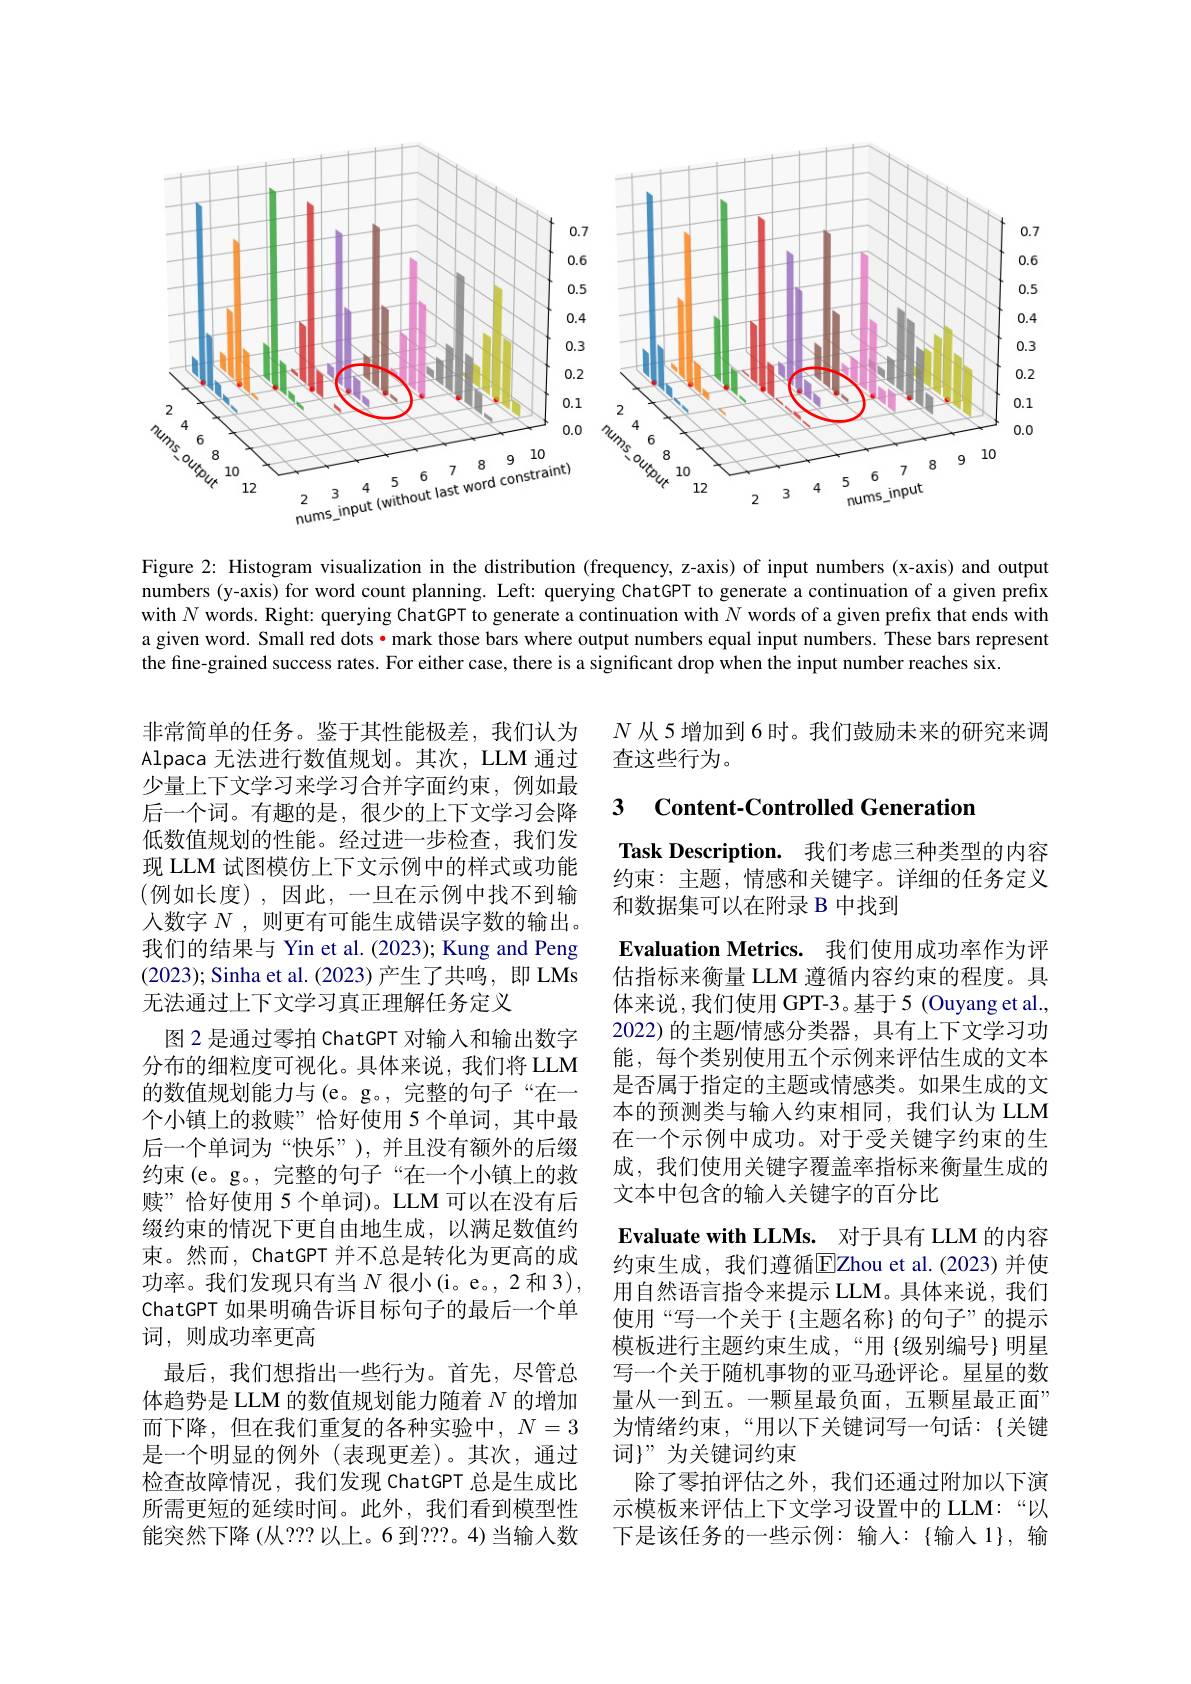
<FigureHere>

Figure 2: Histogram visualization in the distribution (frequency, z-axis) of input numbers (x-axis) and output numbers (y-axis) for word count planning. Left: querying ChatGPT to generate a continuation of a given prefix with $N$ words. Right: querying ChatGPT to generate a continuation with $N$ words of a given prefix that ends with a given word. Small red dots·mark those bars where output numbers equal input numbers. These bars represent the fine-grained success rates. For either case, there is a significant drop when the input number reaches six.

$N$从 5 增加到 6 时。我们鼓励未来的研究来调
查这些行为。

### 3 $\textbf{Content- Controlled Generatior}$

Task Description. 我们考虑三种类型的内容约束：主题，情感和关键字。详细的任务定义和数据集可以在附录 B 中找到

非常简单的任务。鉴于其性能极差，我们认为Alpaca 无法进行数值规划。其次，LLM 通过少量上下文学习来学习合并字面约束，例如最后一个词。有趣的是，很少的上下文学习会降低数值规划的性能。经过进一步检查，我们发现 LLM 试图模仿上下文示例中的样式或功能(例如长度),因此，一旦在示例中找不到输人数字$N$ ,则更有可能生成错误字数的输出。我们的结果与 Yin et al. (2023); Kung and Peng (2023); Sinha et al. (2023)产生了共鸣，即 LMs 无法通过上下文学习真正理解任务定义
图 2 是通过零拍 ChatGPT 对输入和输出数字分布的细粒度可视化。具体来说，我们将 LLM 的数值规划能力与(e。g。,完整的句子“在一个小镇上的救赎”恰好使用 5 个单词，其中最后一个单词为“快乐”),并且没有额外的后缀约束(e。g。,完整的句子“在一个小镇上的救赎”恰好使用 5 个单词)。LLM 可以在没有后缀约束的情况下更自由地生成，以满足数值约束。然而，ChatGPT 并不总是转化为更高的成功率。我们发现只有当$N$很小(i。e。,2 和 3), ChatGPT 如果明确告诉目标句子的最后一个单词，则成功率更高
最后，我们想指出一些行为。首先，尽管总体趋势是 LLM 的数值规划能力随着$N$的增加而下降，但在我们重复的各种实验中$,N=3$ 是一个明显的例外(表现更差)。其次，通过检查故障情况，我们发现 ChatGPT 总是生成比所需更短的延续时间。此外，我们看到模型性能突然下降(从？?? 以上。6 到？??。4)当输人数

Evaluation Metrics. 我们使用成功率作为评估指标来衡量 LLM 遵循内容约束的程度。具体来说，我们使用 GPT-3。基于5 (Ouyang et al., 2022)的主题/情感分类器，具有上下文学习功能，每个类别使用五个示例来评估生成的文本是否属于指定的主题或情感类。如果生成的文本的预测类与输入约束相同，我们认为 LLM 在一个示例中成功。对于受关键字约束的生成，我们使用关键字覆盖率指标来衡量生成的文本中包含的输入关键字的百分比
Evaluate with LLMs. 对于具有 LLM 的内容约束生成，我们遵循$\overline{\mathrm{E}}$Zhou et al.(2023)并使用自然语言指令来提示 LLM。具体来说，我们使用“写一个关于{主题名称}的句子”的提示模板进行主题约束生成，“用 {级别编号}明星写一个关于随机事物的亚马逊评论。星星的数量从一到五。一颗星最负面，五颗星最正面” 为情绪约束，“用以下关键词写一句话：{关键词$\}”$为关键词约束
除了零拍评估之外，我们还通过附加以下演示模板来评估上下文学习设置中的 LLM:“以下是该任务的一些示例：输人：{输入 1}, 输